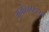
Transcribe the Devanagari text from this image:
जानोरकारांच्या